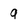
Character: 9